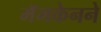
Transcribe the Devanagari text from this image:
मॅमकेनने